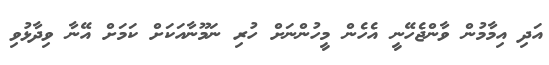
އަދި އިމާމުން ވާންޖެހޭނީ އެހެން މީހުންނަށް ހުރި ނަމޫނާއަކަށް ކަމަށް އޭނާ ވިދާޅުވި